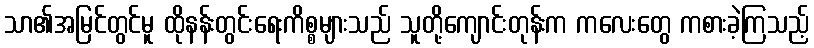
သာ၏အမြင်တွင်မူ ထိုနန်းတွင်းရေးကိစ္စများသည် သူတို့ကျောင်းတုန်းက ကလေးတွေ ကစားခဲ့ကြသည့်